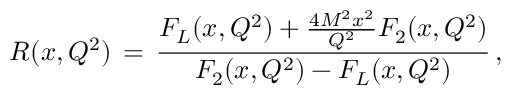
R ( x , Q ^ { 2 } ) \, = \, { \frac { F _ { L } ( x , Q ^ { 2 } ) + { \frac { 4 M ^ { 2 } x ^ { 2 } } { Q ^ { 2 } } } F _ { 2 } ( x , Q ^ { 2 } ) } { F _ { 2 } ( x , Q ^ { 2 } ) - F _ { L } ( x , Q ^ { 2 } ) } } \, ,